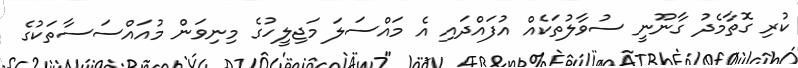
ކުރި ގޮތާމެދު ގާނޫނީ ސުވާލުތަކެއް އުފައްދައި އެ މައްސަލަ މަޖިލީހުގެ މިނިވަން މުއައްސަސާތަކުގެ